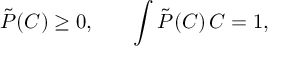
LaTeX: \tilde { P } ( C ) \ge 0 , ~ ~ ~ ~ ~ \int \tilde { P } ( C ) \, \d C = 1 ,